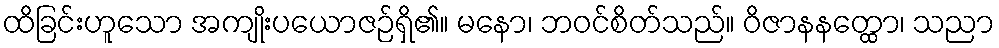
ထိခြင်းဟူသော အကျိုးပယောဇဉ်ရှိ၏။ မနော၊ ဘဝင်စိတ်သည်။ ဝိဇာနနတ္ထော၊ သညာ